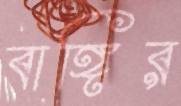
বাঙ্গির